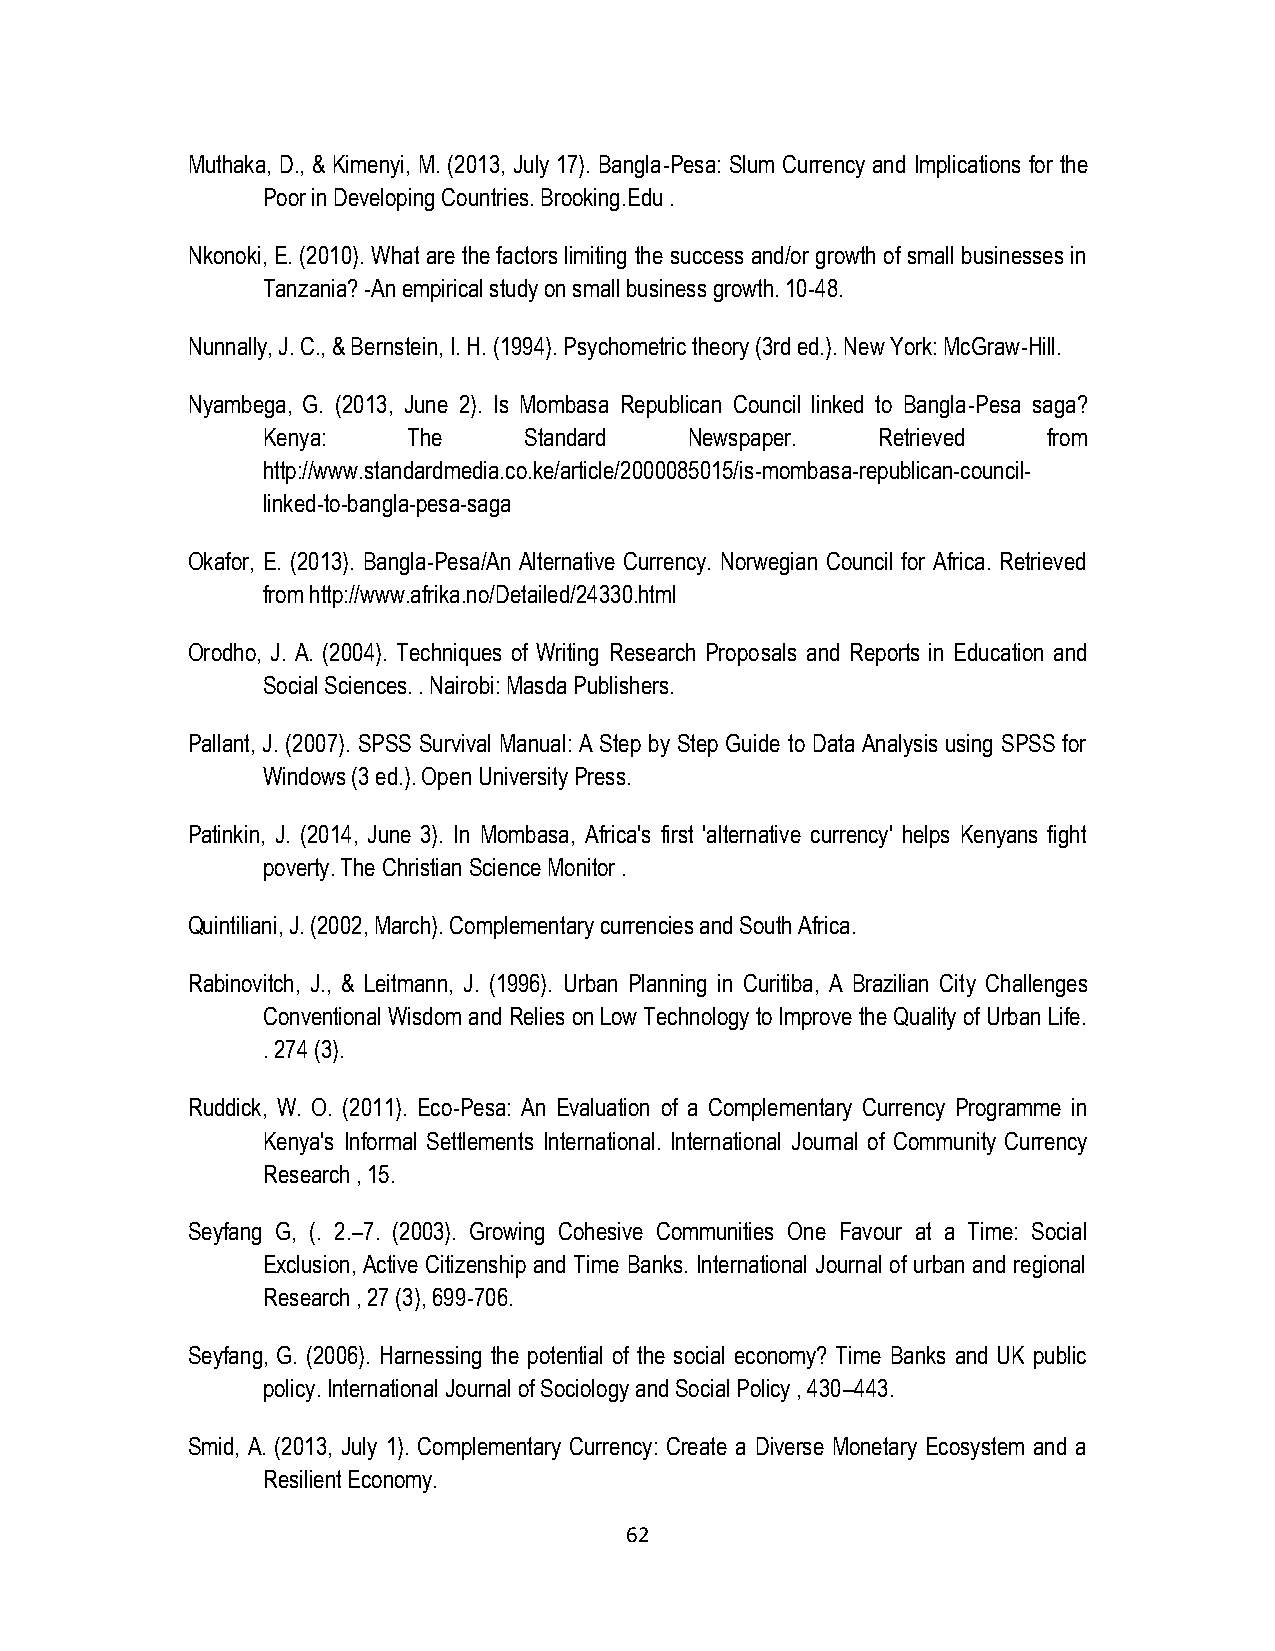
Muthaka, D., & Kimenyi, M. (2013, July 17). Bangla-Pesa: Slum Currency and Implications for the
 Poor in Developing Countries. Brooking.Edu .
 Nkonoki, E. (2010). What are the factors limiting the success and/or growth of small businesses in
 Tanzania? -An empirical study on small business growth. 10-48.
 Nunnally, J. C., & Bernstein, I. H. (1994). Psychometric theory (3rd ed.). New York: McGraw-Hill.
 Nyambega, G. (2013, June 2). Is Mombasa Republican Council linked to Bangla-Pesa saga?
 Kenya:    The     Standard   Newspaper.  Retrieved  from
 http://www.standardmedia.co.ke/article/2000085015/is-mombasa-republican-council-
 linked-to-bangla-pesa-saga
 Okafor, E. (2013). Bangla-Pesa/An Alternative Currency. Norwegian Council for Africa. Retrieved
 from http://www.afrika.no/Detailed/24330.html
 Orodho, J. A. (2004). Techniques of Writing Research Proposals and Reports in Education and
 Social Sciences. . Nairobi: Masda Publishers.
 Pallant, J. (2007). SPSS Survival Manual: A Step by Step Guide to Data Analysis using SPSS for
 Windows (3 ed.). Open University Press.
 Patinkin, J. (2014, June 3). In Mombasa, Africa's first 'alternative currency' helps Kenyans fight
 poverty. The Christian Science Monitor .
 Quintiliani, J. (2002, March). Complementary currencies and South Africa.
 Rabinovitch, J., & Leitmann, J. (1996). Urban Planning in Curitiba, A Brazilian City Challenges
 Conventional Wisdom and Relies on Low Technology to Improve the Quality of Urban Life.
 . 274 (3).
 Ruddick, W. O. (2011). Eco-Pesa: An Evaluation of a Complementary Currency Programme in
 Kenya's Informal Settlements International. International Journal of Community Currency
 Research , 15.
 Seyfang G, (. 2.–7. (2003). Growing Cohesive Communities One Favour at a Time: Social
 Exclusion, Active Citizenship and Time Banks. International Journal of urban and regional
 Research , 27 (3), 699-706.
 Seyfang, G. (2006). Harnessing the potential of the social economy? Time Banks and UK public
 policy. International Journal of Sociology and Social Policy , 430–443.
 Smid, A. (2013, July 1). Complementary Currency: Create a Diverse Monetary Ecosystem and a
 Resilient Economy.
 62